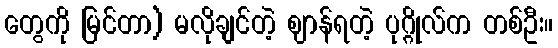
တွေကို မြင်တာ) မလိုချင်တဲ့ ဈာန်ရတဲ့ ပုဂ္ဂိုလ်က တစ်ဦး။